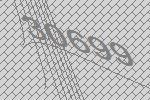
30699